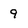
Character: 9